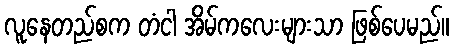
လူနေတည်စက တံငါ အိမ်ကလေးများသာ ဖြစ်ပေမည်။